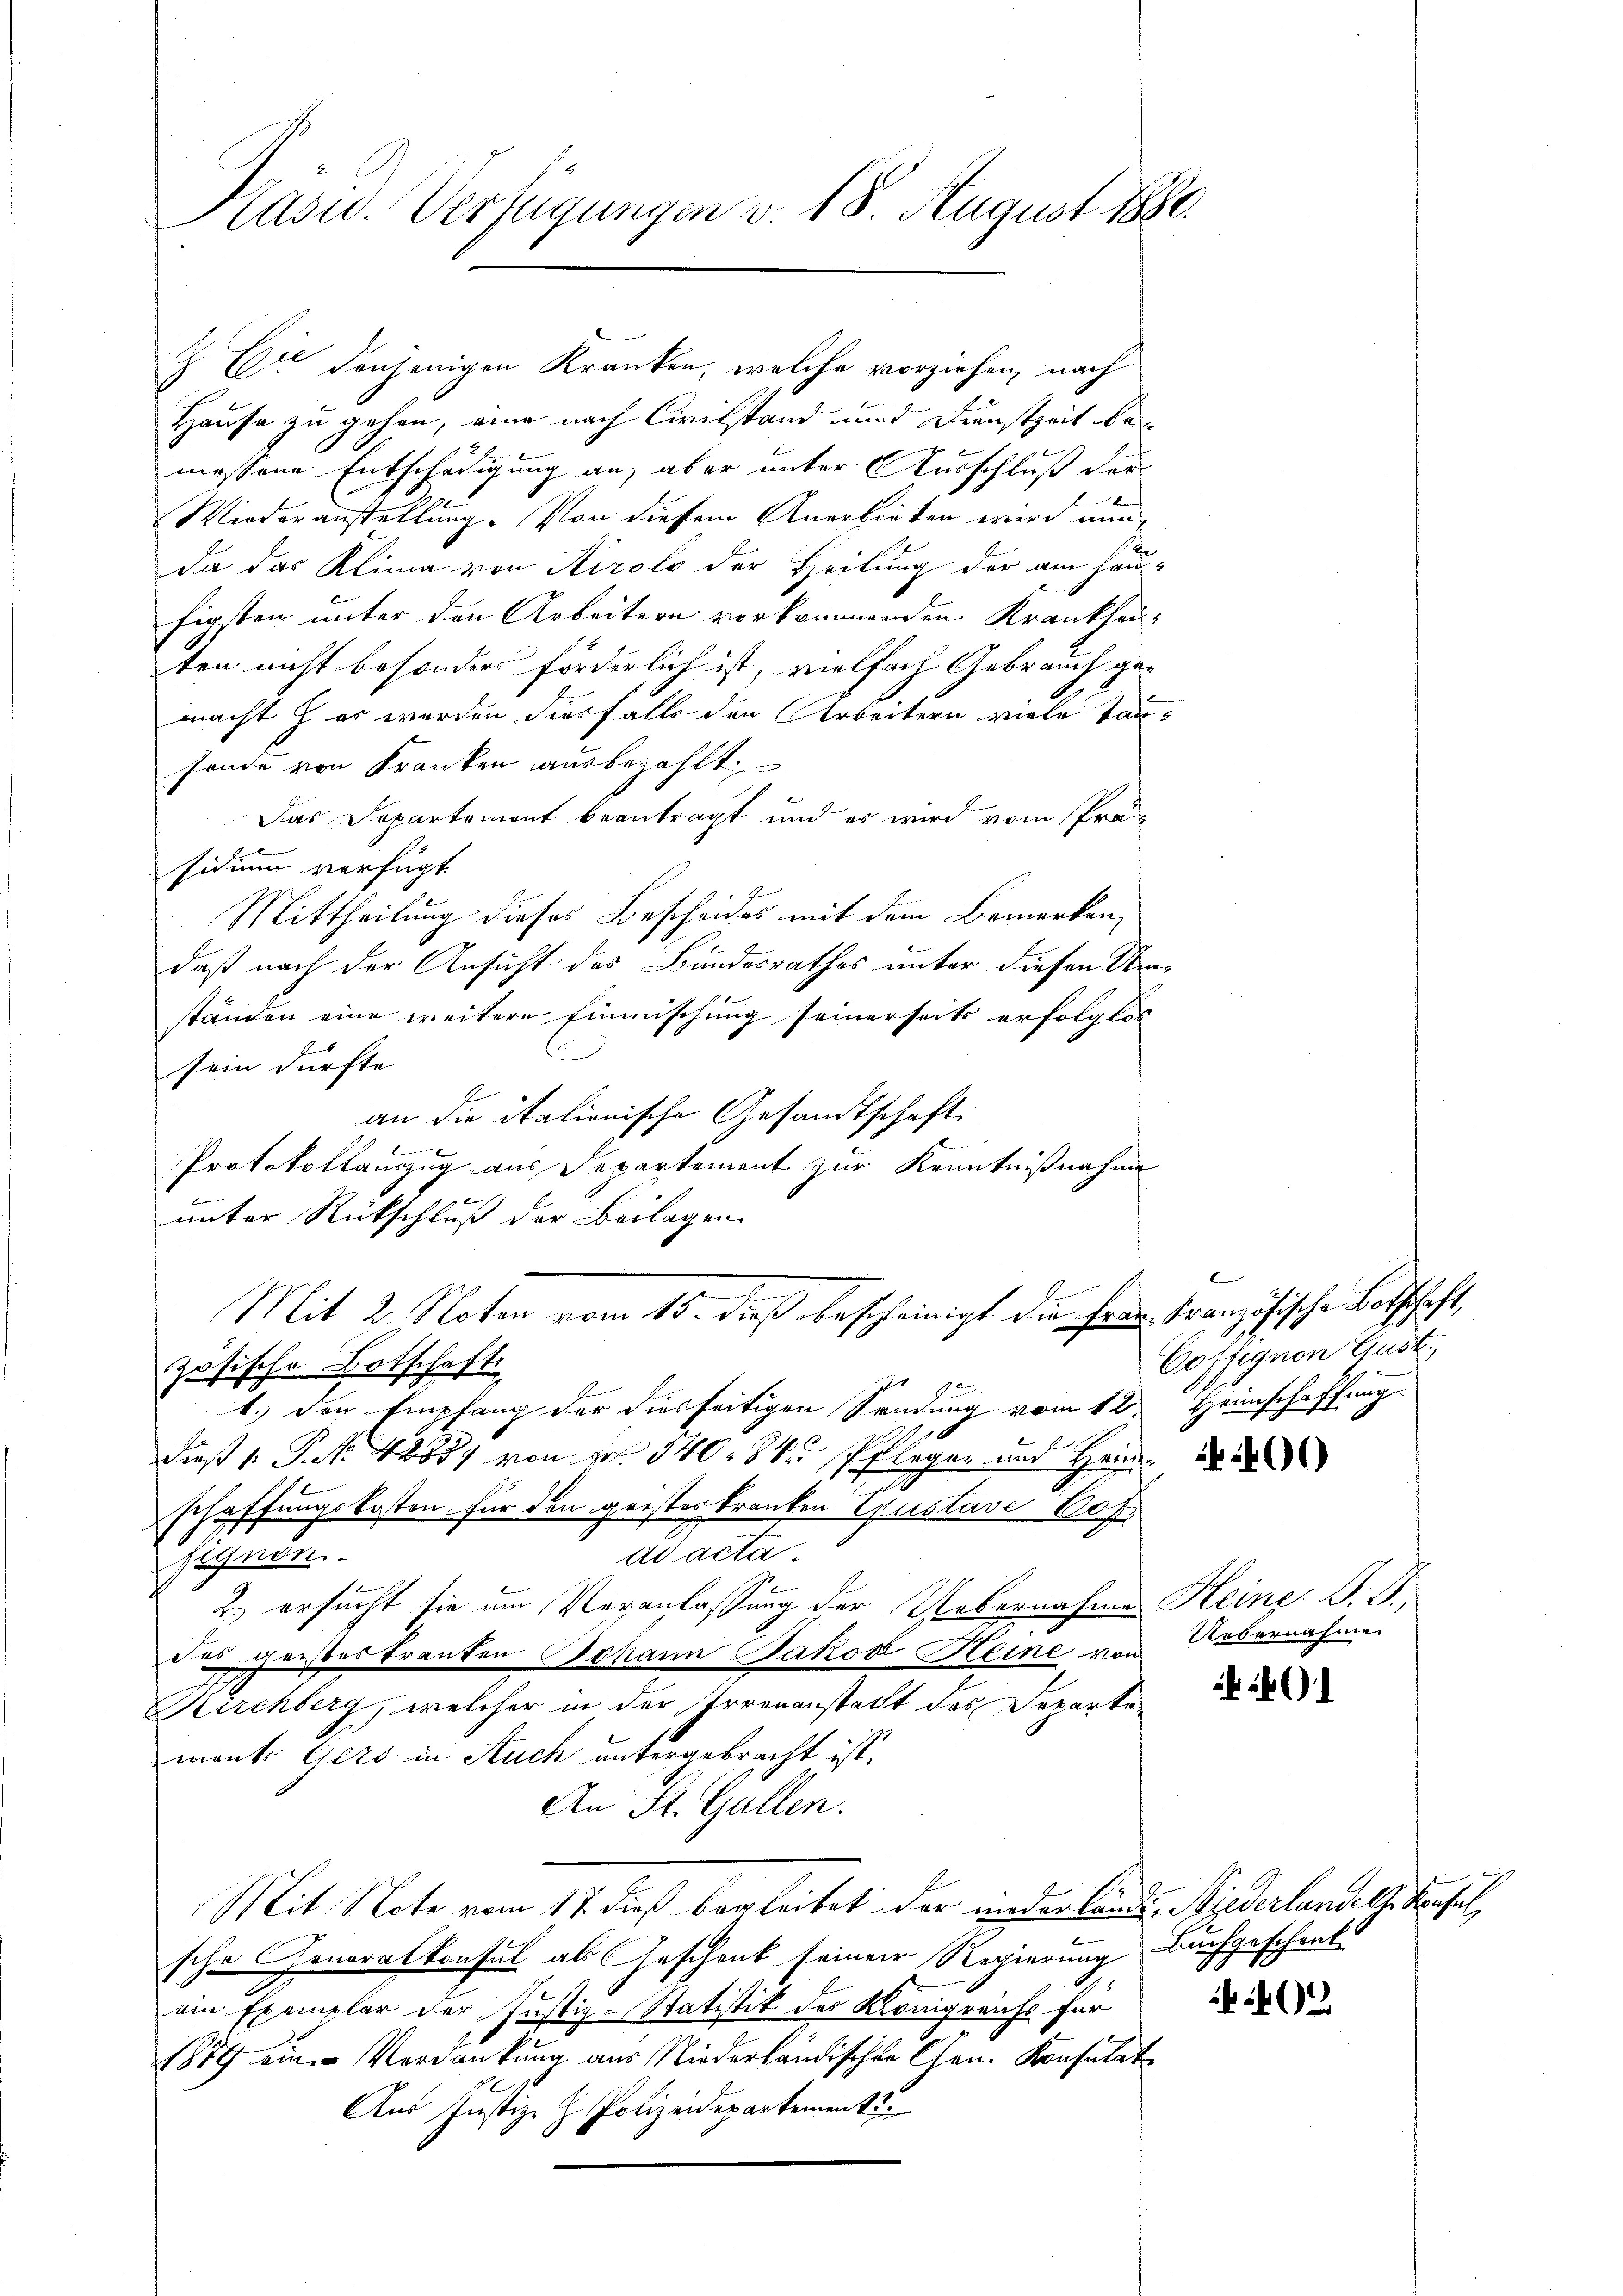
Präsid. Verfügungen v. 18. August 1880.

Du denjenigen Kranken, welche vorziehen, nach
Hause zu gehen, eine nach Civilstand und Dienstzeit bemessene Entschädigung an, aber unter Ausschluß der
Wiederanstellung. Von diesem Anerbieten wird nun¬
Da das Klima von Airolo der Heilung der am Haufigsten unter den Arbeitern vorkommenden Krankhau-
ten nicht besonders förderlich ist, vielfach Gebrauch gemacht es werden diesfalls den Arbeitern viele Tansonde von Franken ausbezahlt.
Das Departement beantragt und es wird vom Präsidium verfügt
Mittheilung dieses Bescheides mit dem Bemerken,
daß nach der Ansicht des Bundesrathes unter diesen Umständen eine weitere Einmischung seinerseits erfolglos
sein dürfte.
an die italienische Gesandtschaft
1
Protokollauszug aus Departement zur Kenntnißnahme
 kennen
unter Rückschluß der Beilagen.
Mit 2. Noten vom 15. dieß bescheinigt die Herrn Französische Botschaft,
zösische Botschaft
1.) Den Empfang der diesseitigen Sendung vom 12. Heimschaffung
2
dieß 1. P. Nr. 42881 von Fr. 340. 84 Pfleger und Heimschaffungskosten für den geister kranken Gustav Pof.
ad acta.
Eignen.
2.) ersucht sie um Veranlassung der Uebernahme Heine S. B.,
Das geistes tranten Johann Jakob Heine von
Kirchberg, welcher in der Irrenanstatt des Departemont. Gers in Auch untergebracht ist.
An St. Gallen.
Mit Note vom 17. dieß begleitet der niederlände Niederlandelte Konsul
sche Generalkonsul als Geschenk seiner Regierung buchgeschenkt
ein Exemplar der Justiz-Statistik des Königreuss für
1889 ein Verdankung aus Niederländischen Chen. Konsulate
Aus Justiz- H. Polizeidepartement.

l
Coffignen Gust,

401)

Uebernahmen

)

0